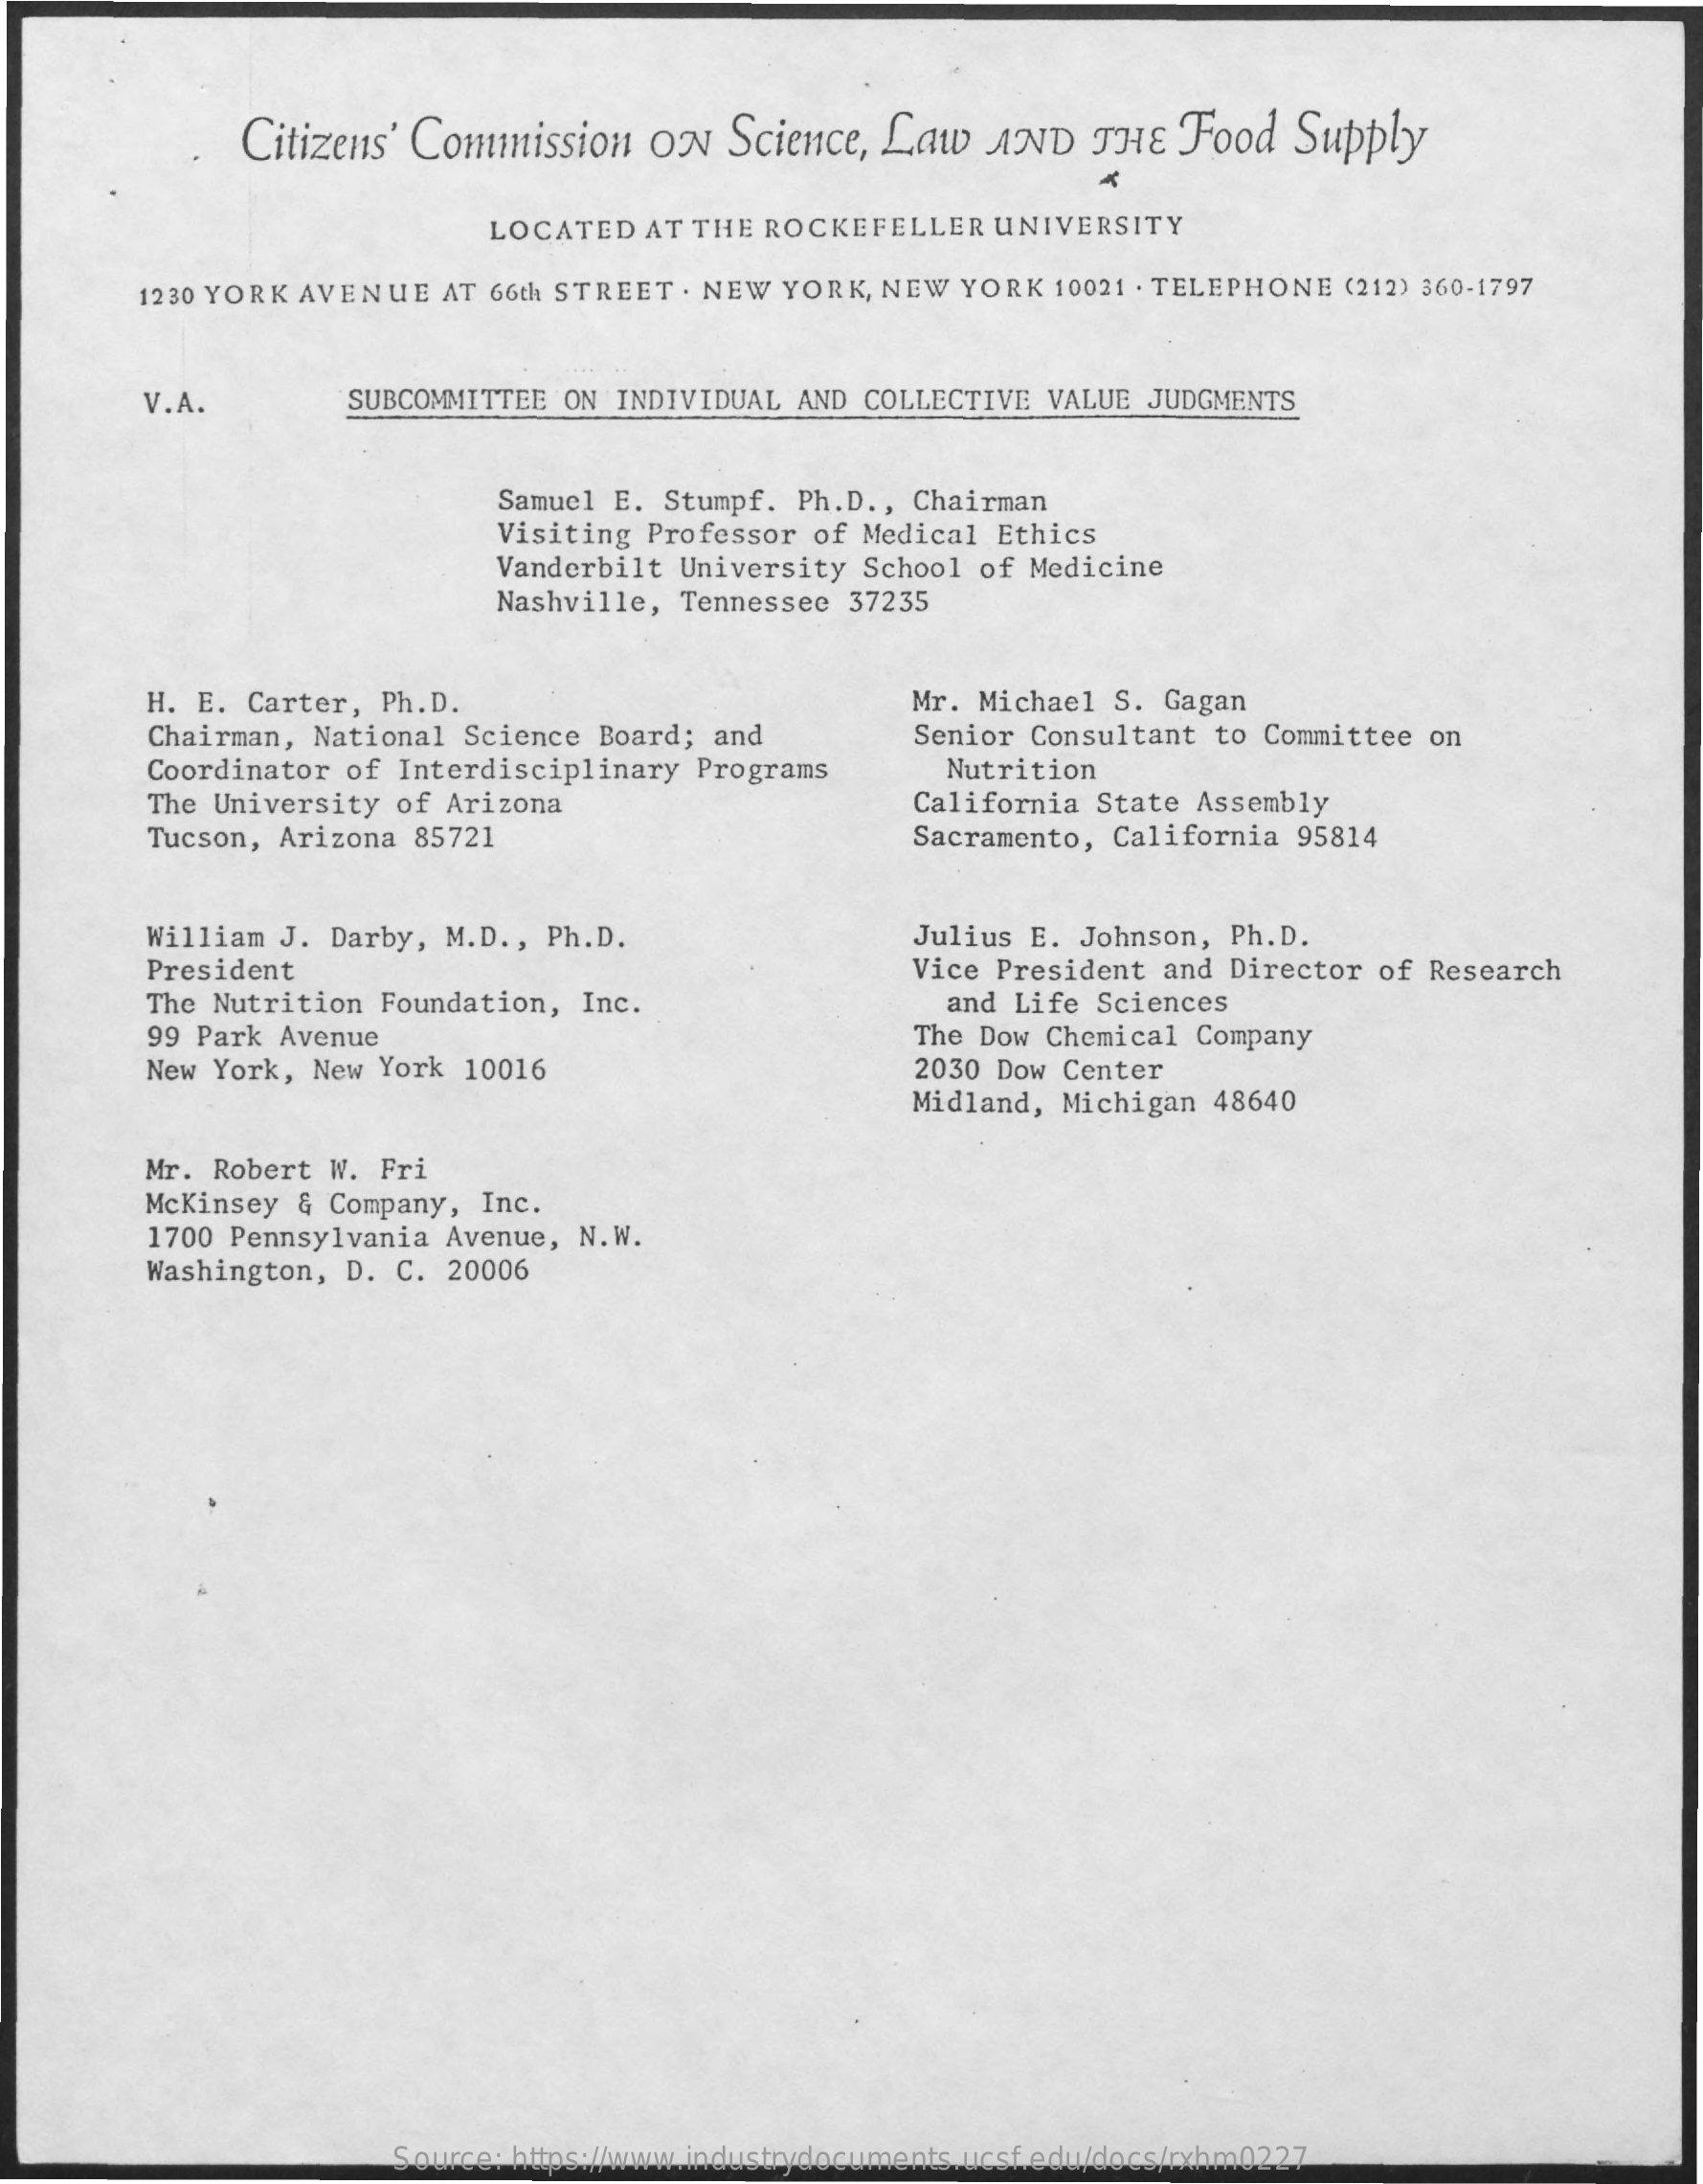
Citizens' Commission ON  Science, Law AND  THE Food  Supply
     LOCATED AT THE ROCKEFELLER UNIVERSITY
     1230 YORK AVENUE AT 66th STREET . NEW YORK, NEW YORK 10021 . TELEPHONE (212) 360-1797
     V.A.    SUBCOMMITTEE ON INDIVIDUAL AND COLLECTIVE VALUE JUDGMENTS
     Samuel E. Stumpf. Ph.D ., Chairman
     Visiting Professor of Medical Ethics
     Vanderbilt University School of Medicine
     Nashville, Tennessee 37235
     H. E. Carter, Ph.D.    Mr. Michael S. Gagan
     Chairman, National Science Board; and Senior Consultant to Committee on
     Coordinator of Interdisciplinary Programs Nutrition
     The University of Arizona    California State Assembly
     Tucson, Arizona 85721    Sacramento, California 95814
     William J. Darby, M.D ., Ph.D.    Julius E. Johnson, Ph.D.
     President
     The Nutrition Foundation, Inc.
     Vice President and Director of Research
     and Life Sciences
     99 Park Avenue    The Dow Chemical Company
     New York, New York 10016    2030 Dow Center
     Midland, Michigan 48640
     Mr. Robert W. Fri
     Mckinsey & Company, Inc.
     1700 Pennsylvania Avenue, N.W.
     Washington, D. C. 20006
     Source: https://www.industrydocuments.ucsf.edu/docs/rxhm0227